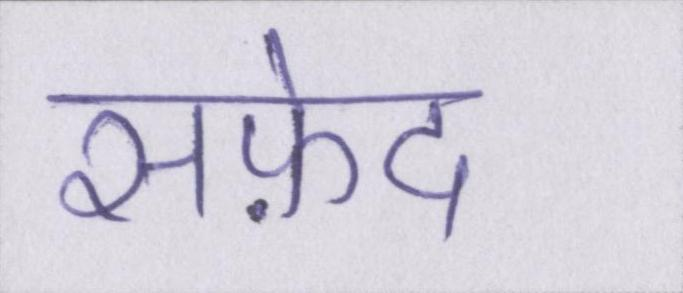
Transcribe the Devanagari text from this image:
सफ़ेद